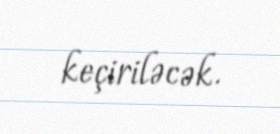
keçiriləcək.